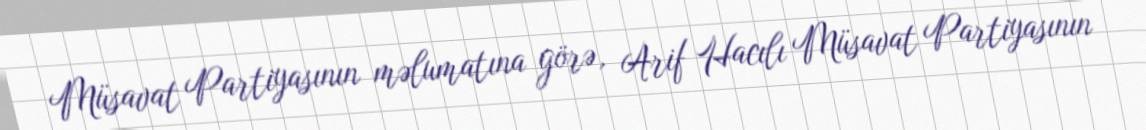
Müsavat Partiyasının məlumatına görə, Arif Hacılı Müsavat Partiyasının